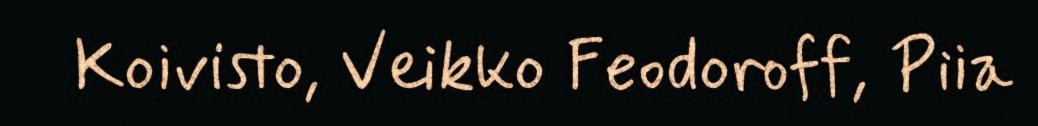
Koivisto, Veikko Feodoroff, Piia